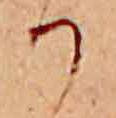
か